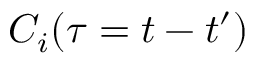
C _ { i } ( \tau = t - t ^ { \prime } )